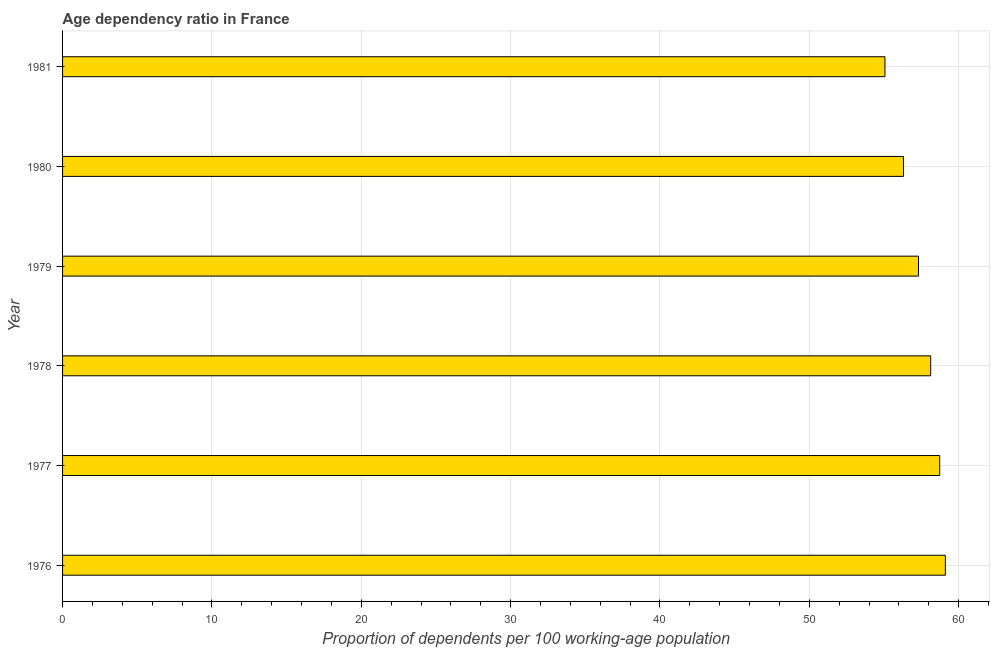
| Year | Age dependency ratio (% of working-age population) |
 | --- | --- |
 | 1976 | 59.1 |
 | 1977 | 58.7 |
 | 1978 | 58.1 |
 | 1979 | 57.3 |
 | 1980 | 56.3 |
 | 1981 | 55.1 |